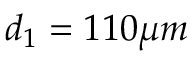
d _ { 1 } = 1 1 0 \mu m